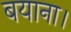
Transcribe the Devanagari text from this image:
बयाना।